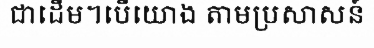
ជាដើម។បើយោង តាមប្រសាសន៍